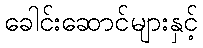
ခေါင်းဆောင်များနှင့်